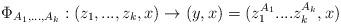
LaTeX: \begin{align*} \Phi_{A_1,...,A_k}: (z_1,...,z_k,x) \rightarrow (y,x)=(z_1^{A_1}....z_k^{A_k},x)\end{align*}